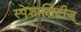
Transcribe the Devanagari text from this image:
स्पेशालिटीज्